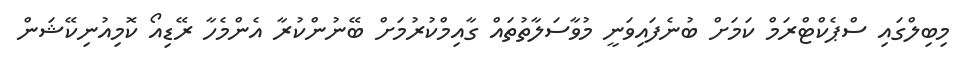
މިބިލްގައި ސްޕެކްޓްރަމް ކަމަށް ބުނެފައިވަނީ މުވާސަލާތުތައް ގާއިމްކުރުމަށް ބޭނުންކުރާ އެންމެހާ ރޭޑިއޯ ކޮމިއުނިކޭޝަން